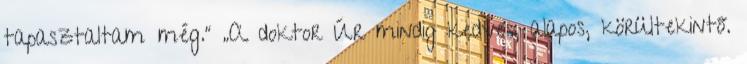
tapasztaltam még.” „A doktor Úr mindig kedves, alapos, körültekintő.